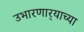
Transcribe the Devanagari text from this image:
उभारणार्‍याच्या